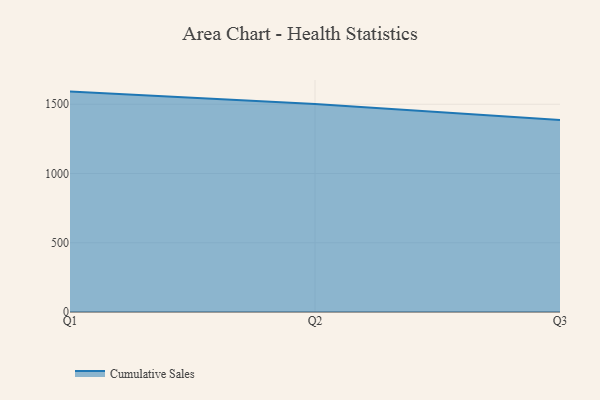
{"axis": {"x": "Quarter", "y": "Temperature (°C)"}, "legend": ["Cumulative Sales"], "data": [{"x": "Q1", "y": 1591.3, "type": "Cumulative Sales"}, {"x": "Q2", "y": 1501.2, "type": "Cumulative Sales"}, {"x": "Q3", "y": 1386.4, "type": "Cumulative Sales"}]}